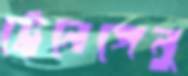
ট্রেনেঙ্গেনু